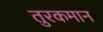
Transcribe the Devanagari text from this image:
तुरकमान